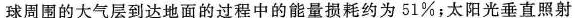
球周围的大气层到达地面的过程中的能量损耗约为51\%；太阳光垂直照射